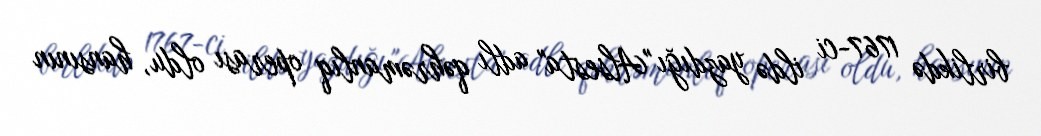
birlikdə 1767-ci ildə yazdığı "Alsesta" adlı qəhrəmanlıq operası oldu, hansının